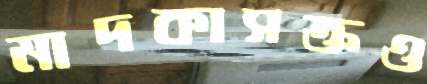
মাদকাসক্তও